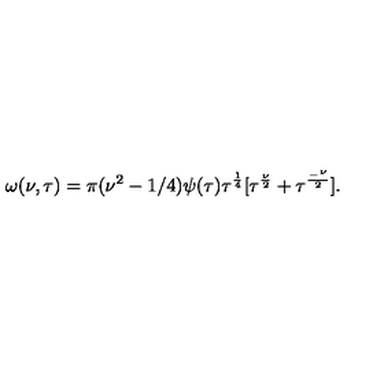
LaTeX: \omega ( \nu , \tau ) = \pi ( \nu ^ { 2 } - 1 / 4 ) \psi ( \tau ) \tau ^ { \frac { 1 } { 4 } } [ \tau ^ { \frac { \nu } { 2 } } + \tau ^ { \frac { _ - \nu } { 2 } } ] .